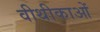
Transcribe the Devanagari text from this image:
वीथीकाओं